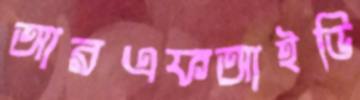
আরএফআইডি